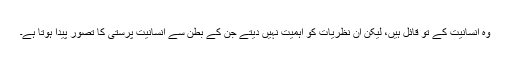
وہ انسانیت کے تو قائل ہیں، لیکن ان نظریات کو اہمیت نہیں دیتے جن کے بطن سے انسانیت پرستی کا تصور پیدا ہوتا ہے۔